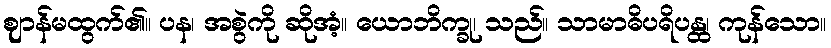
ဈာန်မထွက်၏။ ပန၊ အစွဲကို ဆိုအံ့။ ယောဘိက္ခု၊ သည်။ သာမာဓိပရိပန္ထ၊ ကုန်သော။